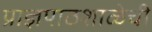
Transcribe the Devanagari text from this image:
प्राज्ञपाठशाळेची